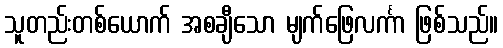
သူတည်းတစ်ယောက် အစချီသော မျက်ဖြေလင်္ကာ ဖြစ်သည်။